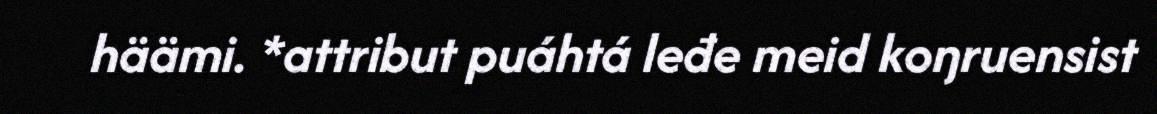
häämi. *attribut puáhtá leđe meid koŋruensist